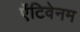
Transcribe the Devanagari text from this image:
ऐंटिवेनम